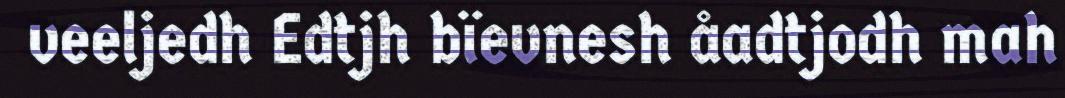
veeljedh Edtjh bïevnesh åadtjodh mah